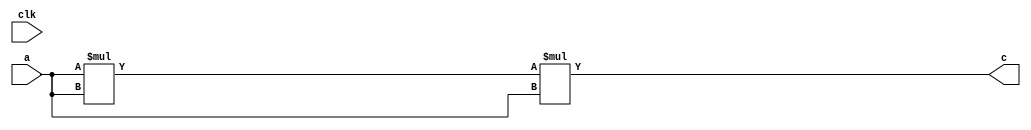
module test_ex1 (
                  input clk,
                  input signed [3:0] a,
                  output reg signed [11:0] c
                  );


    assign c = a*a*a;

endmodule